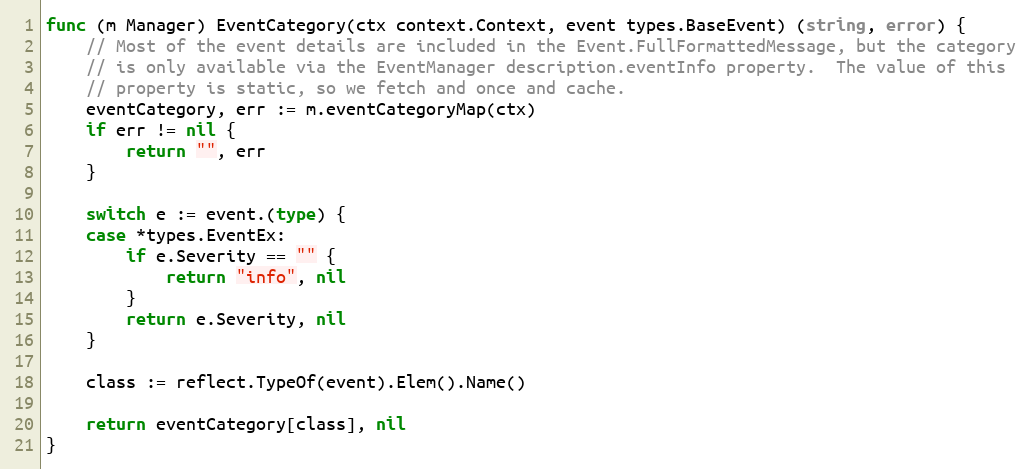
Language: Go
func (m Manager) EventCategory(ctx context.Context, event types.BaseEvent) (string, error) {
	// Most of the event details are included in the Event.FullFormattedMessage, but the category
	// is only available via the EventManager description.eventInfo property.  The value of this
	// property is static, so we fetch and once and cache.
	eventCategory, err := m.eventCategoryMap(ctx)
	if err != nil {
		return "", err
	}

	switch e := event.(type) {
	case *types.EventEx:
		if e.Severity == "" {
			return "info", nil
		}
		return e.Severity, nil
	}

	class := reflect.TypeOf(event).Elem().Name()

	return eventCategory[class], nil
}